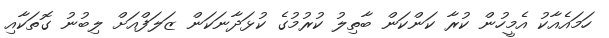
ހަމައެއާކު އެމީހުން ކުރާ ކަންކަން ބާތިލު ކުރުމުގެ ކުޅަދާނަކަން ޒަލަފްއަށް ލިބުނު ގޮތަކާއި